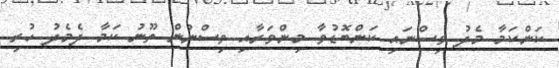
ކަންކަމާ މެދު ވިސްނައި ކަންބޮޑުވާ މިންވަރާއި ވިސްނުން ތޫނު ކަމާ ދެމެދު ހުރި